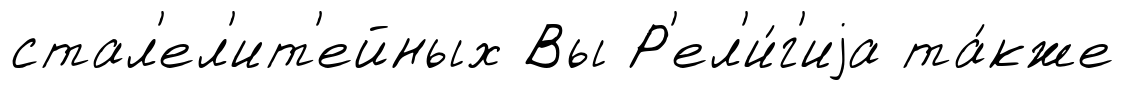
стал'ел'ит'ейных Вы Р'ел'и́г'иjа та́кже